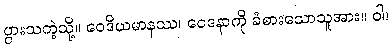
ပွားသကဲ့သို့။ ဝေဒိယမာနဿ၊ ဝေဒနာကို ခံစားသောသူအား။ ဝါ၊